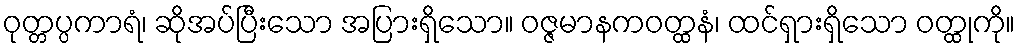
ဝုတ္တပ္ပကာရံ၊ ဆိုအပ်ပြီးသော အပြားရှိသော။ ဝဇ္ဇမာနကဝတ္ထနံ၊ ထင်ရှားရှိသော ဝတ္ထုကို။